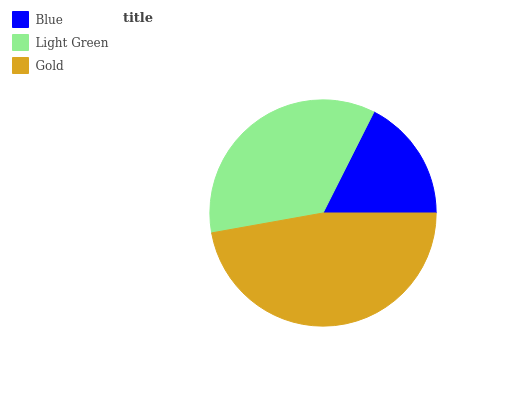
| Blue | Light Green | Gold |
 | --- | --- | --- |
 | 17.5% | 35.2% | 47.3% |